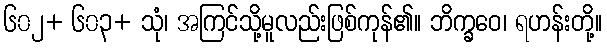
၆၀၂+ ၆၀၃+ သုံ၊ အကြင်သို့မူလည်းဖြစ်ကုန်၏။ ဘိက္ခဝေ၊ ရဟန်းတို့။